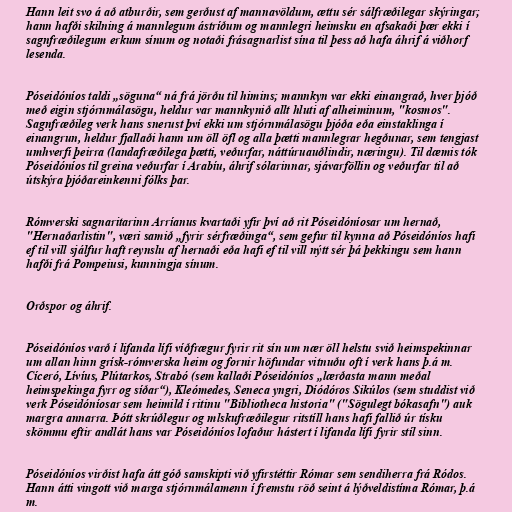
Hann leit svo á að atburðir, sem gerðust af mannavöldum, ættu sér sálfræðilegar skýringar;
hann hafði skilning á mannlegum ástríðum og mannlegri heimsku en afsakaði þær ekki í
sagnfræðilegum erkum sínum og notaði frásagnarlist sína til þess að hafa áhrif á viðhorf
lesenda.

Póseidóníos taldi „söguna“ ná frá jörðu til himins; mannkyn var ekki einangrað, hver þjóð
með eigin stjórnmálasögu, heldur var mannkynið allt hluti af alheiminum, "kosmos".
Sagnfræðileg verk hans snerust því ekki um stjórnmálasögu þjóða eða einstaklinga í
einangrun, heldur fjallaði hann um öll öfl og alla þætti mannlegrar hegðunar, sem tengjast
umhverfi þeirra (landafræðilega þætti, veðurfar, náttúruauðlindir, næringu). Til dæmis tók
Póseidóníos til greina veðurfar í Arabíu, áhrif sólarinnar, sjávarföllin og veðurfar til að
útskýra þjóðareinkenni fólks þar.

Rómverski sagnaritarinn Arríanus kvartaði yfir því að rit Póseidóníosar um hernað,
"Hernaðarlistin", væri samið „fyrir sérfræðinga“, sem gefur til kynna að Póseidóníos hafi
ef til vill sjálfur haft reynslu af hernaði eða hafi ef til vill nýtt sér þá þekkingu sem hann
hafði frá Pompeiusi, kunningja sínum.

Orðspor og áhrif.

Póseidóníos varð í lifanda lífi víðfrægur fyrir rit sín um nær öll helstu svið heimspekinnar
um allan hinn grísk-rómverska heim og fornir höfundar vitnuðu oft í verk hans þ.á m.
Cíceró, Lívíus, Plútarkos, Strabó (sem kallaði Póseidóníos „lærðasta mann meðal
heimspekinga fyrr og síðar“), Kleómedes, Seneca yngri, Díódóros Sikúlos (sem studdist við
verk Póseidóníosar sem heimild í ritinu "Bibliotheca historia" ("Sögulegt bókasafn") auk
margra annarra. Þótt skrúðlegur og mlskufræðilegur ritstíll hans hafi fallið úr tísku
skömmu eftir andlát hans var Póseidóníos lofaður hástert í lifanda lífi fyrir stíl sinn.

Póseidóníos virðist hafa átt góð samskipti við yfirstéttir Rómar sem sendiherra frá Ródos.
Hann átti vingott við marga stjórnmálamenn í fremstu röð seint á lýðveldistíma Rómar, þ.á
m.